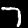
Label: 7